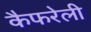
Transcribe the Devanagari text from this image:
कैफरेली